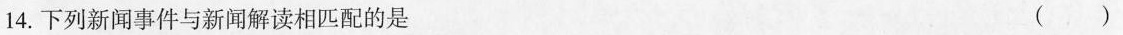
14.下列新闻事件与新闻解读相匹配的是（）